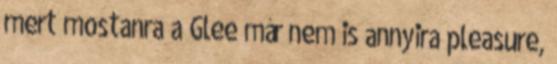
mert mostanra a Glee már nem is annyira pleasure,